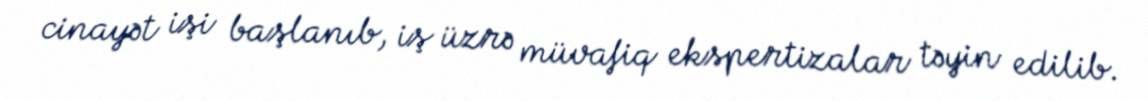
cinayət işi başlanıb, iş üzrə müvafiq ekspertizalar təyin edilib.